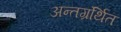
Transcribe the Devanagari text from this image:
अन्‍तग्रंर्थित